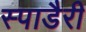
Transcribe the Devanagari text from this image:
स्पाडैरी